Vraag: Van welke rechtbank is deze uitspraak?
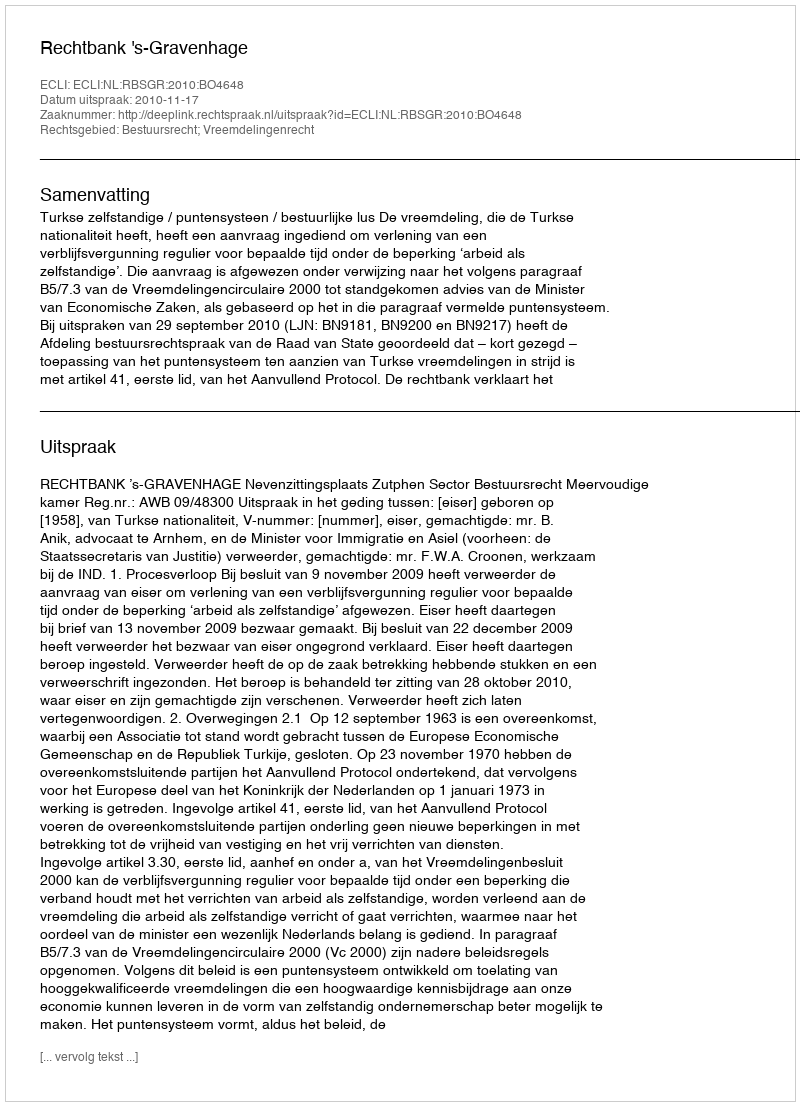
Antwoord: Rechtbank 's-Gravenhage